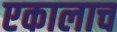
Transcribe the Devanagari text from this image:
एकालाच